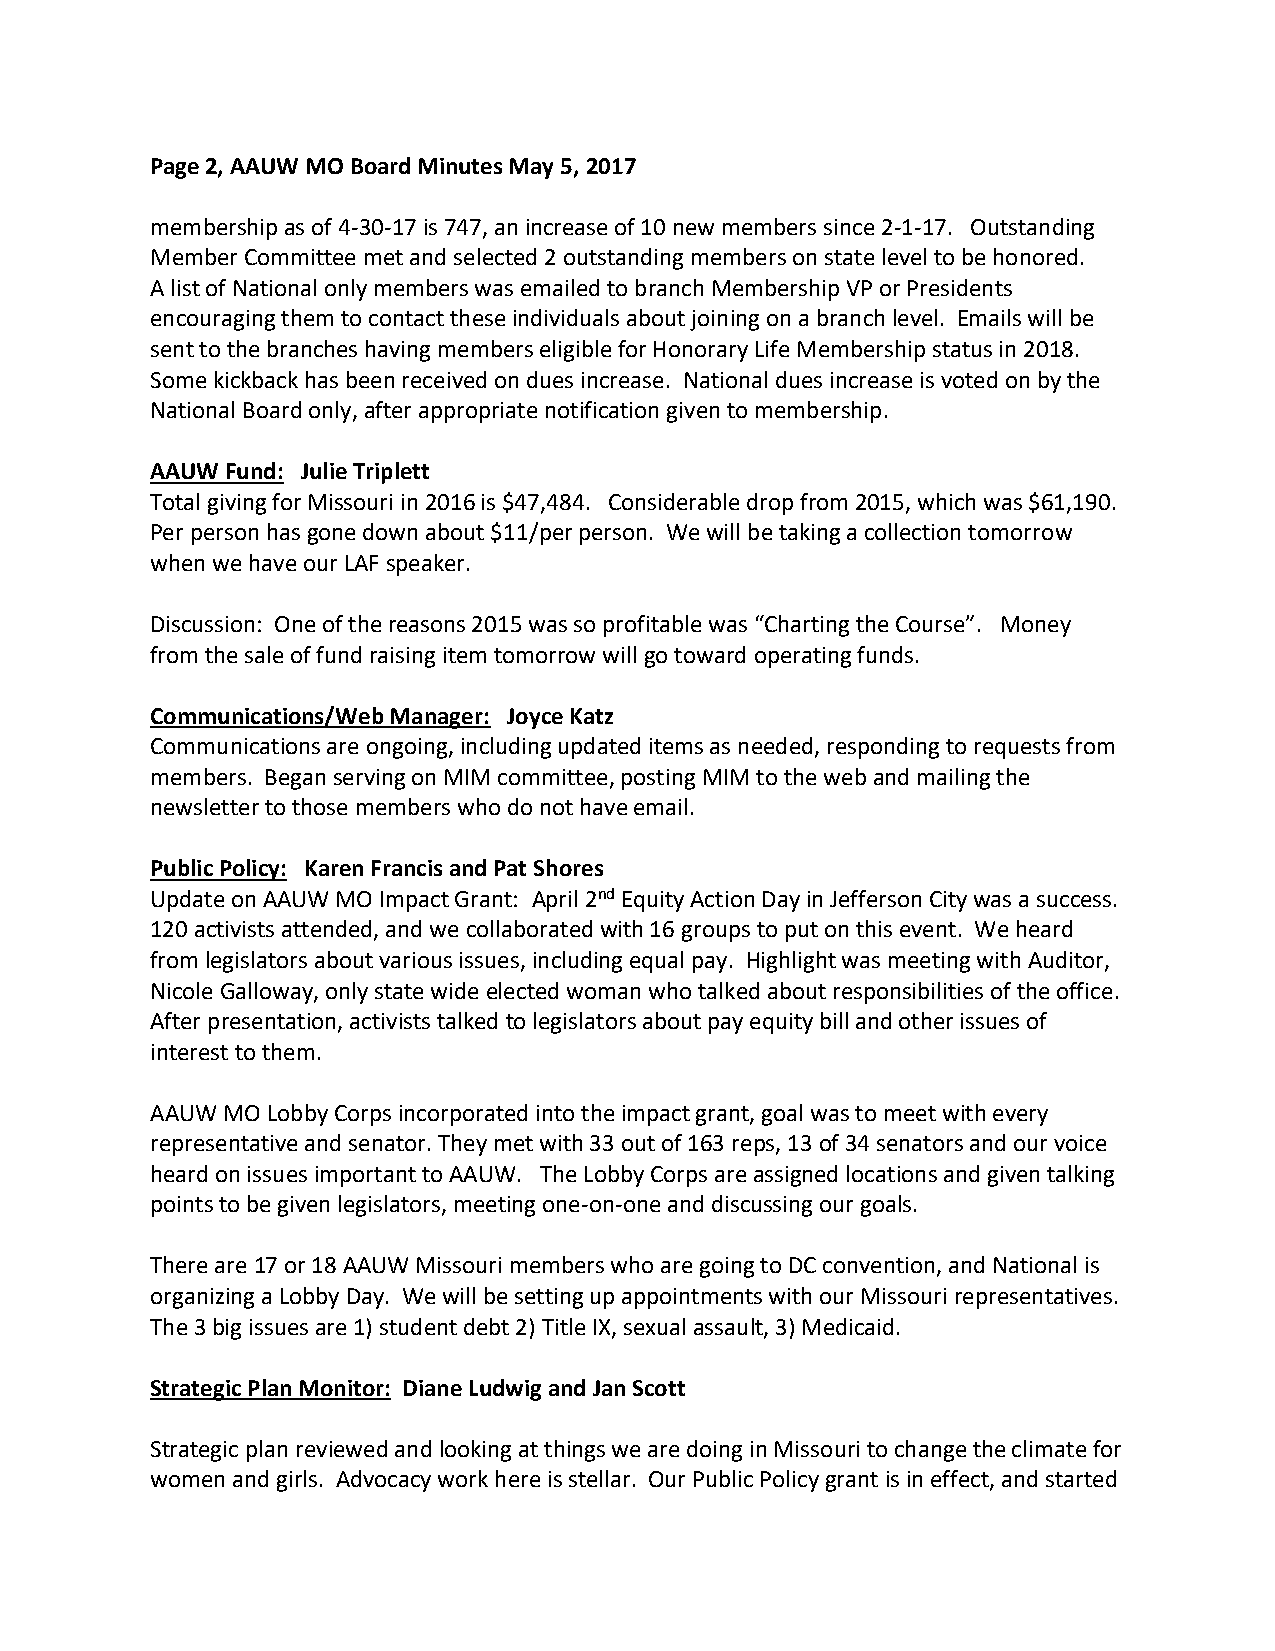
Page 2, AAUW MO Board Minutes May 5, 2017
 membership as of 4-30-17 is 747, an increase of 10 new members since 2-1-17. Outstanding
 Member Committee met and selected 2 outstanding members on state level to be honored.
 A list of National only members was emailed to branch Membership VP or Presidents
 encouraging them to contact these individuals about joining on a branch level. Emails will be
 sent to the branches having members eligible for Honorary Life Membership status in 2018.
 Some kickback has been received on dues increase. National dues increase is voted on by the
 National Board only, after appropriate notification given to membership.
 AAUW Fund: Julie Triplett
 Total giving for Missouri in 2016 is $47,484. Considerable drop from 2015, which was $61,190.
 Per person has gone down about $11/per person. We will be taking a collection tomorrow
 when we have our LAF speaker.
 Discussion: One of the reasons 2015 was so profitable was “Charting the Course”. Money
 from the sale of fund raising item tomorrow will go toward operating funds.
 Communications/Web Manager: Joyce Katz
 Communications are ongoing, including updated items as needed, responding to requests from
 members. Began serving on MIM committee, posting MIM to the web and mailing the
 newsletter to those members who do not have email.
 Public Policy: Karen Francis and Pat Shores
 Update on AAUW MO Impact Grant: April 2nd Equity Action Day in Jefferson City was a success.
 120 activists attended, and we collaborated with 16 groups to put on this event. We heard
 from legislators about various issues, including equal pay. Highlight was meeting with Auditor,
 Nicole Galloway, only state wide elected woman who talked about responsibilities of the office.
 After presentation, activists talked to legislators about pay equity bill and other issues of
 interest to them.
 AAUW MO Lobby Corps incorporated into the impact grant, goal was to meet with every
 representative and senator. They met with 33 out of 163 reps, 13 of 34 senators and our voice
 heard on issues important to AAUW. The Lobby Corps are assigned locations and given talking
 points to be given legislators, meeting one-on-one and discussing our goals.
 There are 17 or 18 AAUW Missouri members who are going to DC convention, and National is
 organizing a Lobby Day. We will be setting up appointments with our Missouri representatives.
 The 3 big issues are 1) student debt 2) Title IX, sexual assault, 3) Medicaid.
 Strategic Plan Monitor: Diane Ludwig and Jan Scott
 Strategic plan reviewed and looking at things we are doing in Missouri to change the climate for
 women and girls. Advocacy work here is stellar. Our Public Policy grant is in effect, and started